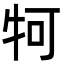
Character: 牱